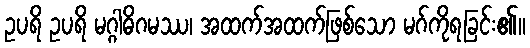
ဥပရိ ဥပရိ မဂ္ဂါဓိဂမဿ၊ အထက်အထက်ဖြစ်သော မဂ်ကိုရခြင်း၏။